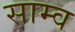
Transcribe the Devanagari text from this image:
साम्व